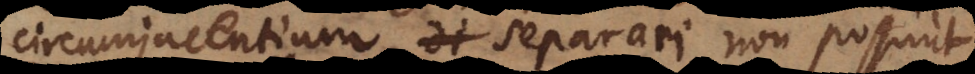
circumjacentium di separari non possunt,